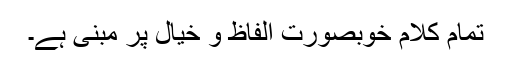
تمام کلام خوبصورت الفاظ و خیال پر مبنی ہے۔